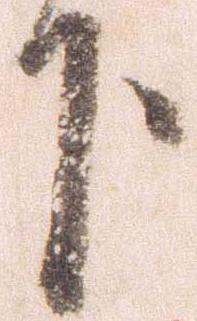
下